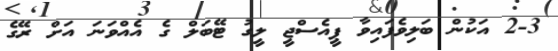
2-3 އަކުން ބަލިވެފައިވާ ޕީއެސްޖީ ލީގު ޓޭބަލް ގެ އެއްވަނަ އަށް ރޭގެ